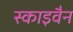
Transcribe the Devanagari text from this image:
स्काइवैन